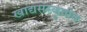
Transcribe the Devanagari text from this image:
खाद्यसंस्कृतीत